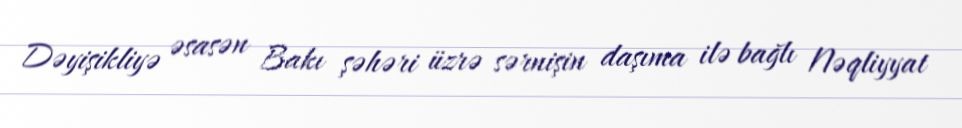
Dəyişikliyə əsasən Bakı şəhəri üzrə sərnişin daşıma ilə bağlı Nəqliyyat